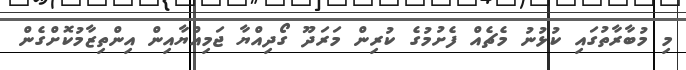
މި މުބާރާތުގައި ކުޅުނު މެޗެއް ފެށުމުގެ ކުރިން މަރަދޫ ގޯދިއްޔާ ޖަމިއްޔާއިން އިންތިޒާމުކޮށްގެން